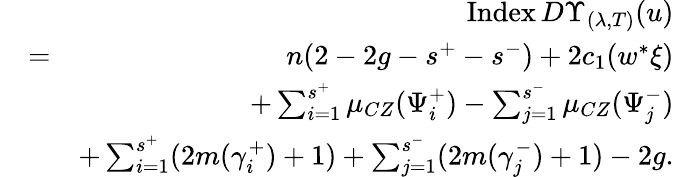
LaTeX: \begin{array}{rlr}&{}&{\operatorname{Index}D\Upsilon_{(\lambda,T)}(u)}\\ &{=}&{n(2-2g-s^{+}-s^{-})+2c_{1}(w^{*}\xi)}\\ &{}&{+\sum_{i=1}^{s^{+}}\mu_{CZ}(\Psi_{i}^{+})-\sum_{j=1}^{s^{-}}\mu_{CZ}(\Psi_{j}^{-})}\\ &{}&{+\sum_{i=1}^{s^{+}}(2m(\gamma_{i}^{+})+1)+\sum_{j=1}^{s^{-}}(2m(\gamma_{j}^{-})+1)-2g.}\end{array}